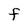
Character: F